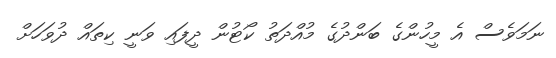
ނަމަވެސް އެ މީހުންގެ ބަންދުގެ މުއްދަތު ކޯޓުން ދީފައި ވަނީ ކިތައް ދުވަހަށް